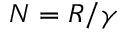
N = R / \gamma